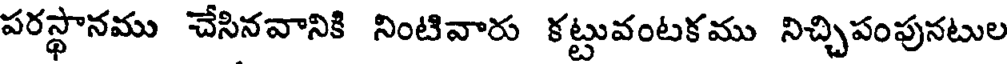
పరస్థానము చేసినవానికి నింటివారు కట్టువంటకము నిచ్చిపంపునటుల